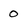
Character: 0